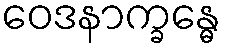
ဝေဒနာက္ခန္ဓေ